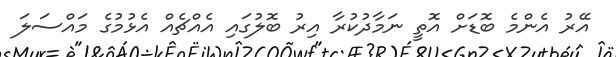
އޭރު އެންމެ ބޮޑަށް އޮތީ ނަމާދުކުރާ އިރު ބޮލުގައި އެއްޗެއް އެޅުމުގެ މައްސަލަ